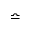
\bumpeq